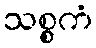
သစ္စကံ